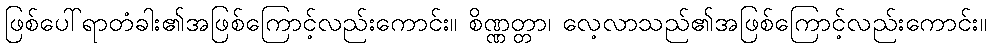
ဖြစ်ပေါ်ရာတံခါး၏အဖြစ်ကြောင့်လည်းကောင်း။ စိဏ္ဏတ္တာ၊ လေ့လာသည်၏အဖြစ်ကြောင့်လည်းကောင်း။